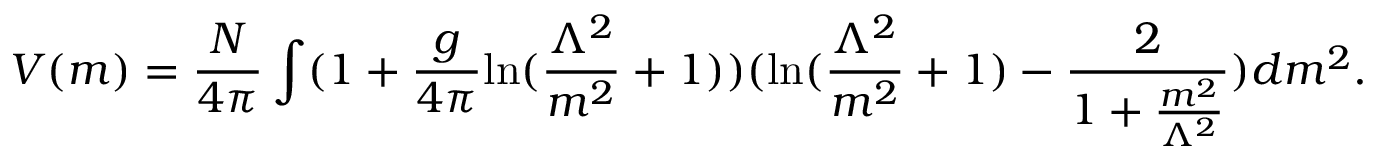
V ( m ) = \frac { N } { 4 \pi } \int ( 1 + \frac { g } { 4 \pi } \mathrm { l n } ( \frac { \Lambda ^ { 2 } } { m ^ { 2 } } + 1 ) ) ( \mathrm { l n } ( \frac { \Lambda ^ { 2 } } { m ^ { 2 } } + 1 ) - \frac { 2 } { 1 + \frac { m ^ { 2 } } { \Lambda ^ { 2 } } } ) d m ^ { 2 } .